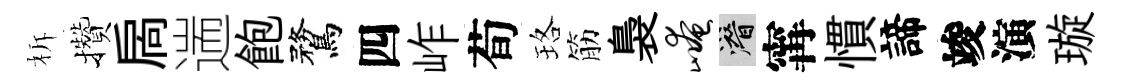
柝攢扄遄飽鶩四岞荀珞筋裊崦潜𡩋慣諦竣演璇